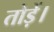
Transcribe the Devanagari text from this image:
तोड़ें।